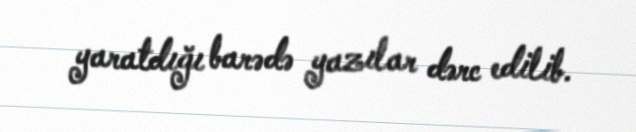
yaratdığı barədə yazılar dərc edilib.